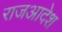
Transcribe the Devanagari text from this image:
राजआदेश